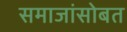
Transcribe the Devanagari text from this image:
समाजांसोबत